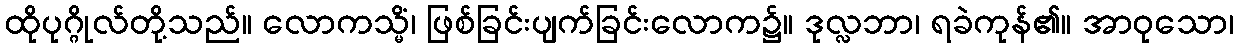
ထိုပုဂ္ဂိုလ်တို့သည်။ လောကသ္မိံ၊ ဖြစ်ခြင်းပျက်ခြင်းလောက၌။ ဒုလ္လဘာ၊ ရခဲကုန်၏။ အာဝုသော၊